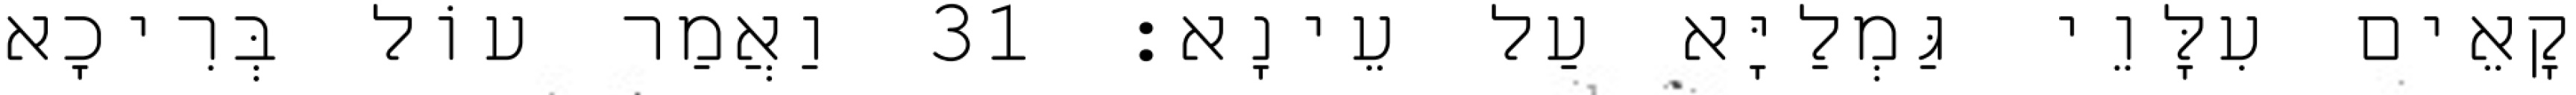
קָאֵים עִלָּוֵי גַּמְלַיָּא עַל עֵינָא׃ 31 וַאֲמַר עוֹל בְּרִיכָא